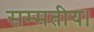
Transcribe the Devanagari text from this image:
सम्मतीय।